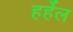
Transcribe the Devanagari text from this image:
हर्हेल